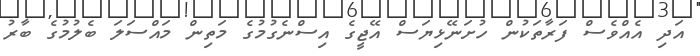
އަދި އެއްވެސް ފަރާތަކުން ހުށަނޭޅިޔަސް އޭޖީގެ އިސްނެގުމުގެ މަތިން މައްސަލަ ބެލުމުގެ ބާރު